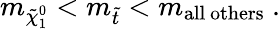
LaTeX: m_{\tilde{\chi}_{1}^{0}}<m_{\tilde{t}}<m_{\mathrm{all~others}}\ .